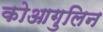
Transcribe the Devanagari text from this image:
कोआगुलिन